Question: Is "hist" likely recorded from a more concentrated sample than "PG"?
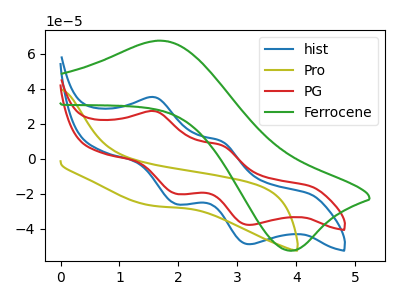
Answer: <think>The blue curve "hist" has anodic peaks at (1.60V, 35.15uA) (2.75V, 9.95uA) and cathodic peaks at (1.95V, -25.85uA) (3.20V, -48.80uA). The olive curve "Pro" has no peaks. The red curve "PG" has anodic peaks at (1.60V, 27.20uA) (2.75V, 7.70uA) and cathodic peaks at (1.95V, -20.00uA) (3.20V, -37.75uA). The green curve "Ferrocene" has an anodic peak at (1.70V, 67.50uA) and a cathodic peak at (3.95V, -52.40uA).
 All the peaks in "hist" have a peak in "PG" at the same potential. Every peak in "hist" is higher than every peak in "PG".</think>
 <answer>"hist" has more signal than "PG".</answer>
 <eval>more_signal</eval>